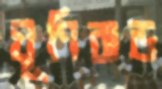
ঘূণিঝড়